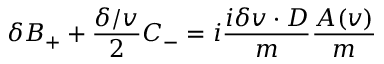
\delta B _ { + } + \frac { \delta \slash v } { 2 } C _ { - } = i \frac { i \delta v \cdot D } { m } \frac { A ( v ) } { m }